King Institute of Preventive Medicine Bacteriolog. Section reports 1907-08
Year: 1907
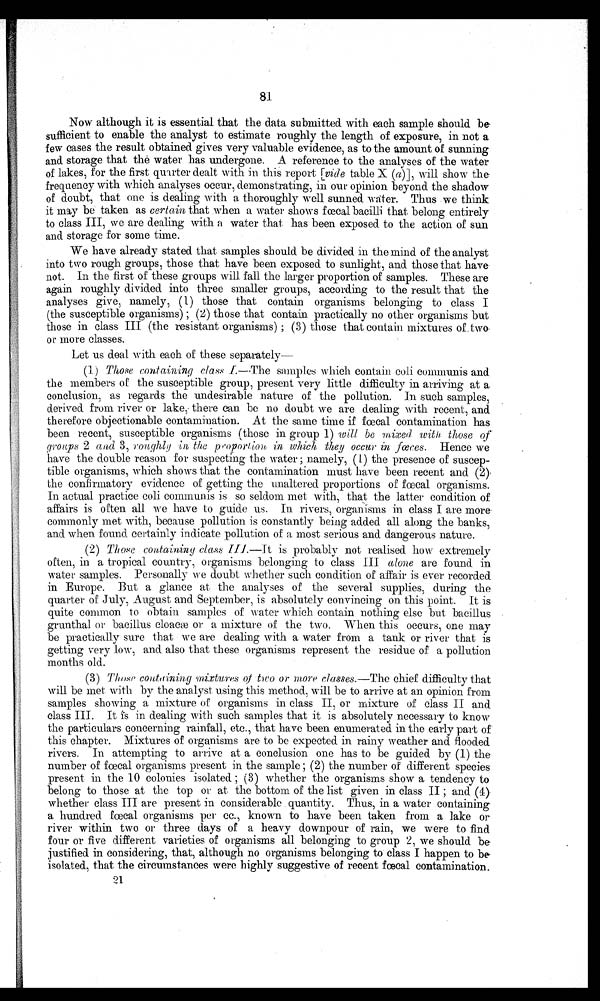
81
Now although it is essential that the data submitted with each sample should be
sufficient to enable the analyst to estimate roughly the length of exposure, in not a
few cases the result obtained gives very valuable evidence, as to the amount, of sunning
and storage that the water has undergone. A reference to the analyses of the water
of lakes, for the first quarter dealt with in this report [vide table X (a)], will show the
frequency with which analyses occur, demonstrating, in our opinion beyond the shadow
of doubt, that one is dealing with a thoroughly well sunned water. Thus we think
it my be taken as certain that when a water shows faecal bacilli that belong entirely
to class III, we are dealing with a water that has been exposed to the action of sun
and storage for some time.
We have already stated. that samples should be divided in the mind of the analyst
into two rough groups, those that have been exposed to sunlight, and those that have
not. In the first of these groups will fall the larger proportion of samples. These are
again roughly divided into three smaller groups, according to the result that the
analyses give, namely, (1) those that contain organisms belonging to class I
(the susceptible organisms); (2) those that contain practically no other organisms but
those in class III (the resistant organisms); (3) those that contain mixtures of two
or more classes.
Let us deal with each of these separately—
(1) Those containing class I.—The samples which contain colic communes and
the members of the susceptible group, present very little difficulty in arriving at a
conclusion, as regards the undesirable nature of the pollution. In such samples,
derived from river or lake, there can be no doubt we are dealing with recent, and
therefore objectionable contamination. At the same time if faecal contamination has
been recent, susceptible organisms (those in group 1) will be mixed with those of
groups 2 and 3 , roughly in, the proporlion in which they occur in f œc es . Hence we
have the double reason for suspecting th.e water; namely, (1) the presence of suscep-
tible organisms, which shows that the contamination must have been recent and (2)
the confirmatory evidence of getting the unaltered proportions of faecal organisms.
I n a c t ua l pr a c t i c e c ol i c c ommuni s i s s o s e l dom me t wi t h, t ha t t he l a t t e r c ondi t i on of
affairs is often all we have to guide us. In rivers, organisms in class I are more
commonly met with, because pollution is constantly being added all along the banks,
and when found certainly indicate pollution of a most serious and dangerous nature.
(2)
Those containing class III.—It is probably not realised how extremely
often, in a tropical country, organisms belonging to class III alone are found. in
water samples. Personally we doubt whether such condition of affair is ever recorded
in Europe. But a glance at the analyses of the several supplies, during the
quarter of July, August and September, is absolutely convincing on this point. It is
quite common to obtain samples of water which contain nothing else but bacillus
grunthal. or bacillus Cloacæ or a mixture of the two. When this occurs, one may
be practically sure that we are dealing with a water from a tank or river that is
getting very low, and also that these organisms represent the residue of a pollution
months old.
(3) Those containing mixtures of two or more classes .—The chief difficulty that
will be met with by the analyst using this method, will be to arrive at an opinion from
samples showing a mixture of organisms in class II, or mixture of class II and
class III. It is in dealing with such samples that it is absolutely necessary to know
the particulars concerning rainfall, etc., that have been enumerated in the early part of
this chapter. Mixtures of organisms are to be expected in rainy weather and flooded
rivers. In attempting to arrive at a conclusion one has to be guided by (1) the
number of faecal organisms present in the sample; (2) the number of different species
present in the 10 colonies isolated; (3) whether the organisms show a tendency to
belong to those at the top or at the bottom of the list given in class II ; and (4)
whether class III are present in considerable quantity. Thus, in a water containing'
a hundred fœ cal organisms per cc., known to have been taken from a lake or
river within two or three days of a heavy downpour of rain, we were to find
four or five different varieties of organisms all belonging to group 2, we should be
justified in considering, that, although no organisms belonging to class I happen to be
isolated, that the circumstances were highly suggestive of recent faecal contamination.
2 1